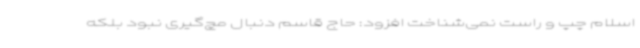
اسلام چپ و راست نمی‌شناخت افزود: حاج قاسم دنبال مچ‌گیری نبود بلکه